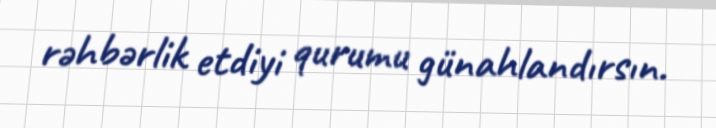
rəhbərlik etdiyi qurumu günahlandırsın.